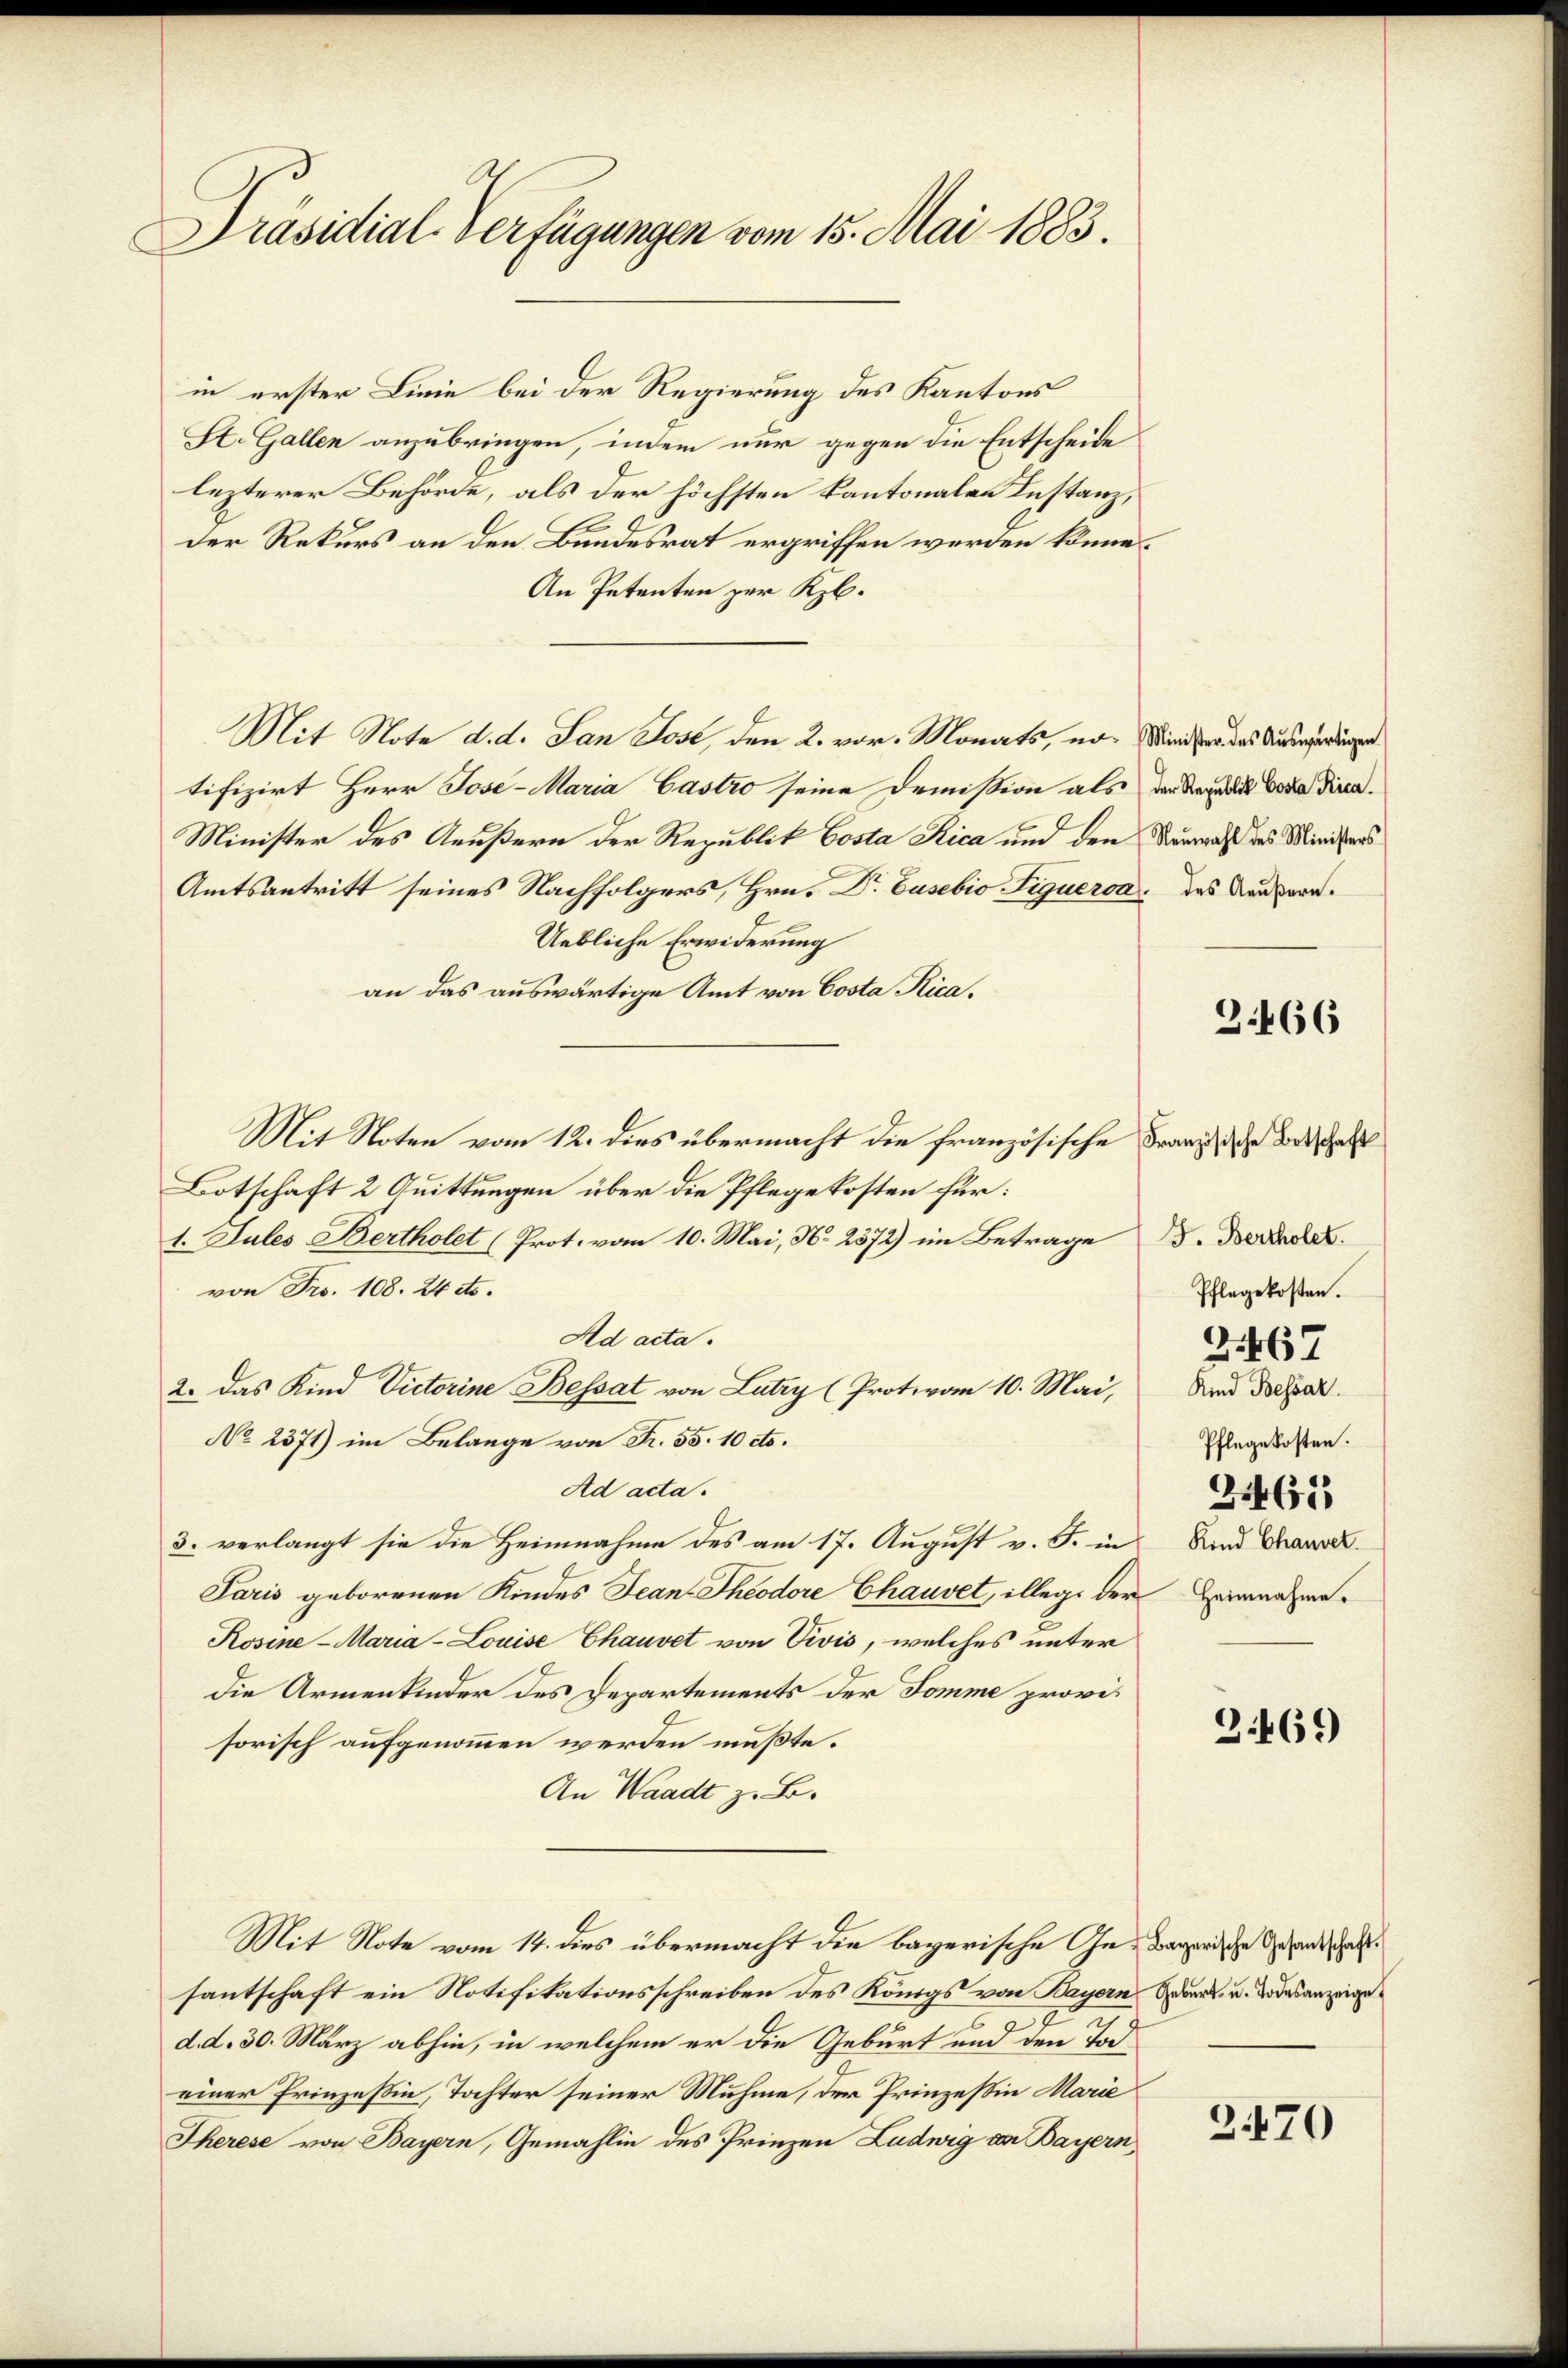
Präsidial-Verfügungen vom 15. Mai 1883.

in erster Linie bei der Regierung des Kantons
St. Gallen anzubringen, indem nur gegen die Entscheide
lezterer Behörde, als der höchsten kantonalen Instanz,
der Rekurs an den Bundesrat ergriffen werden könne.
An Petenten zur Kzb.
Mit Note d. d. San Jose, den 2. vor. Monats, no- Minister das Auswürdigen
tifizirt Herr Jose-Maria Castro seine Demission als der Regulis Vota diren.
Minister des Aeußern der Republik Costa Rica und den Neuwahl des Ministers
Amtsantritt seines Nachfolgers, Hrn. Dr. Cusebio Figuerca, das Raubern.
Uebliche Erwiderung
an das auswärtige Amt von Costa Nica¬
Mit Noten vom 12. dies übermacht die französische Franz die Beschaft
Botschaft 2 Quittungen über die Pflegekosten für:
1. Jules Bertholet (Prot. vom 10. Mai, N. 2372) im Betrage
von Frs. 108. 24 dto.
Ad acta.
2. Das Kind Victorine Bessat von Lutry (Protovom 10. Mai,
No 2371) im Belange von Fr. 55. 10 cts.
Ad acta.
3. verlangt sie die Heimnahme des am 17. August v. J. in
Paris geborenen Kindes Jean Theodore Chauvet, illege der Heinnahme¬
Rosine-Maria- Louise Chauvet von Divis, welches unter
die Armenkinder des Departements der Somme provisorisch aufgenommen werden mußte.
An Waadt z. B.
Mit Note vom 14. dies übermacht die bayerische Ge- Bayerische Gesandtschaftfantschaft ein Notifikationsschreiben des Königs von Bayern Gedank, u. Todesanzeiged. d. 30. März abhin, in welchem er die Geburt und den Todeiner Prinzeßin, Tochter seiner Muhme, der Prinzeßin Marie
Therese von Bayern, Gemahlin des Prinzen Ludwig an Bayern,

3466

J. Bertholet.
Pflegekosten.

2467

Kind Bessar.
Pflegekosten.

2461)

Kind Chauvet.

3469

2470